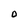
Character: O